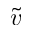
\tilde { v }